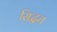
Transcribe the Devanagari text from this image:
सिद्धच